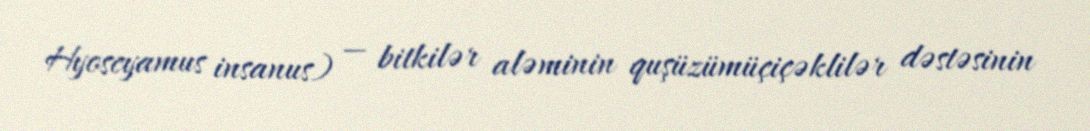
Hyoscyamus insanus) — bitkilər aləminin quşüzümüçiçəklilər dəstəsinin